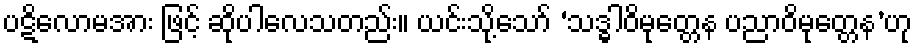
ပဋိလောမအား ဖြင့် ဆိုပါလေသတည်း။ ယင်းသို့သော် ‘သဒ္ဓါဝိမုတ္တေန ပညာဝိမုတ္တေန’ဟု